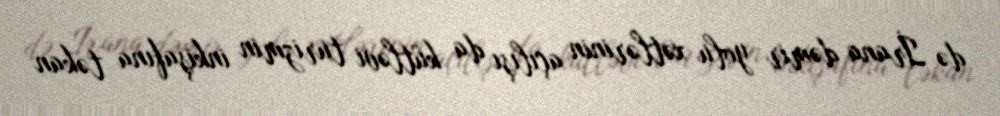
də İrana dəmir yolu xətlərinin açılışı da kütləvi turizmin inkişafına təkan